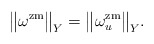
\begin{align*}\big\lVert \omega^\mathrm{zm} \big\rVert_Y =\big\lVert \omega^\mathrm{zm}_u \big\rVert_Y.\end{align*}